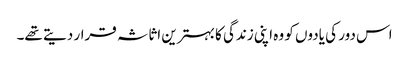
اس دور کی یادوں کو وہ اپنی زندگی کا بہترین اثاثہ قرار دیتے تھے۔